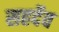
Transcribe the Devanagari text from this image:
सहर्देव